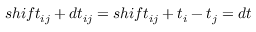
s h i f t _ { i j } + d t _ { i j } = s h i f t _ { i j } + t _ { i } - t _ { j } = d t